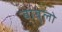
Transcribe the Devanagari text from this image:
बाबुलो